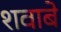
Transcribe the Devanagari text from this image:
शवाबे